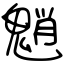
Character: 魈